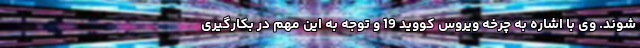
شوند. وی با اشاره به چرخه ویروس کووید 19 و توجه به این مهم در بکارگیری